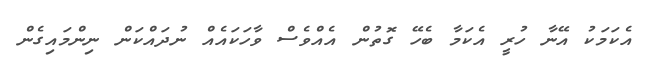
އެކަމަކު އޭނާ ހުރީ އެކަމާ ބެހޭ ގޮތުން އެއްވެސް ވާހަކައެއް ނުދައްކަން ނިންމައިގެން